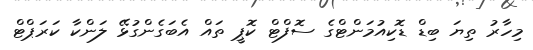
މިހާރު ތިޔަ ބިޑް ޑޮކިއުމަންޓްގެ ސޮފްޓް ކޮޕީ ތައް އެބަގެންގުޅޭ ލަންކާ ކަރަޕްޓް